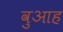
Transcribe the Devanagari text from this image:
वुआह